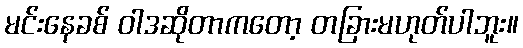
မင်းနေခစ် ဝါဒဆိုတာကတော့ တခြားမဟုတ်ပါဘူး။